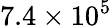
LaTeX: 7.4\times 10^{5}